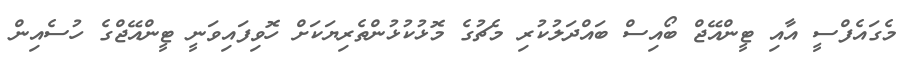
މެގައެފްސީ އާއި ޓީންއޭޖް ބޯއިސް ބައްދަލުކުރި މެޗުގެ މޮޅުކުޅުންތެރިޔަކަށް ހޮވިފައިވަނީ ޓީންއޭޖްގެ ހުސެއިން